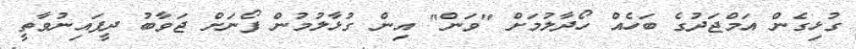
ގުޅިގެން އަމްޖަދުގެ ބަހެއް ހޯދާލުމަށް "ވަން" އިން ގުޅާލުމުން ފޯނަށް ޖަވާބު ދީފައިނުވާތީ